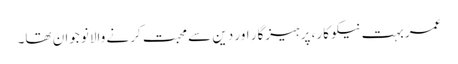
عمر بہت نیکو کار، پرہیزگار اور دین سے محبت کرنے والا نوجوان تھا۔